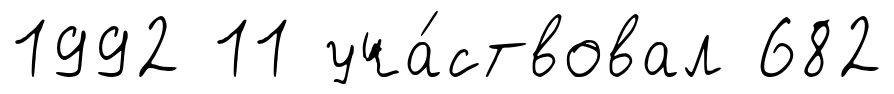
1992 11 уча́ствовал 682